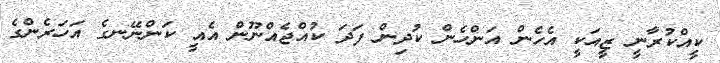
ކީއްކުރާނީ ޒީއަކީ އެހެން އަންހެން ކުދިން ފަދަ ކުއްޖެއްނޫން އެއީ ކަންނޭނގެ އަހަރެންގެ